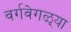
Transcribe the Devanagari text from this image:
वर्गवेगळ्या